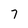
Character: 7